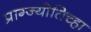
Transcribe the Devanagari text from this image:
प्राग्ज्योतिच्हा